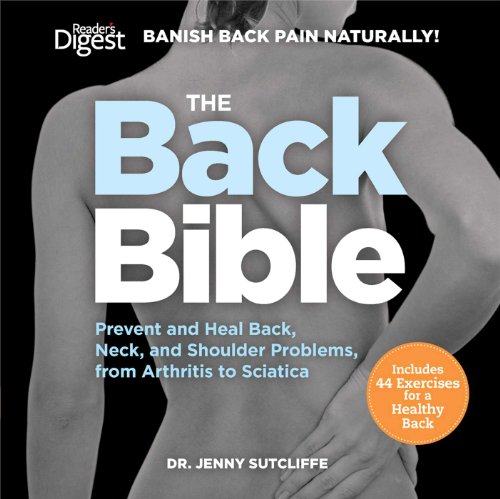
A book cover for The Back Bible: Banish Back Pain Naturally; Jenny Sutcliffe; Health, Fitness & Dieting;